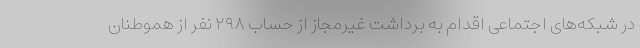
در شبکه‌های اجتماعی اقدام به برداشت غیرمجاز از حساب ۲۹۸ نفر از هموطنان